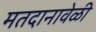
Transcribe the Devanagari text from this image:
मतदानावेळी